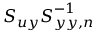
\boldsymbol { S _ { u y } } \boldsymbol { S } _ { \boldsymbol { y y , n } } ^ { - 1 }